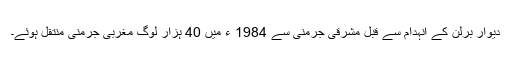
دیوارِ برلن کے انہدام سے قبل مشرقی جرمنی سے 1984 ء میں 40 ہزار لوگ مغربی جرمنی منتقل ہوئے۔